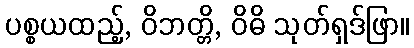
ပစ္စယထည့်, ဝိဘတ္တိ, ဝိဓိ သုတ်ရှဒ်ဖြာ။